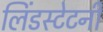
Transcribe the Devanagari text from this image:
लिंडस्टेटनी